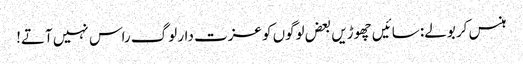
ہنس کر بولے: سائیں چھوڑیں بعض لوگوں کو عزت دار لوگ راس نہیں آتے!